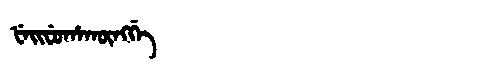
Manchu: ᡶᡝᡳᠸᡠᡥᠠᡴᡡᠩᡤᡝ
Romanization: FEIFUHAKŪNGGE